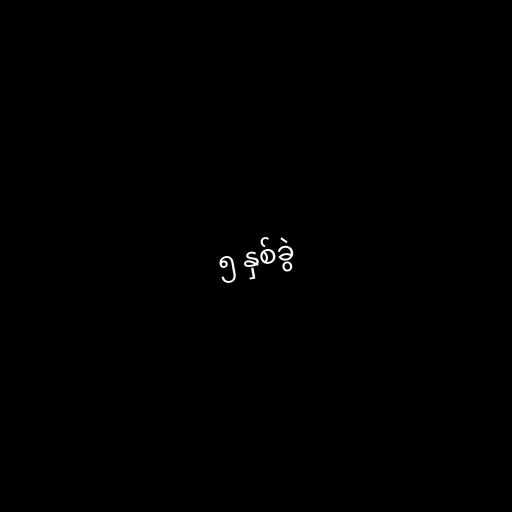
၅ နှစ်ခွဲ